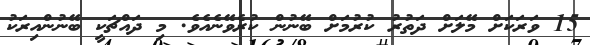
15 ވަރަކަށް މޭލަށް ދަތުރު ކުރުމަށް ބޭނުން ކުރެވޭނެއެވެ. މި ދައްޗަކީ ބޭނުންއިރަކު